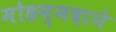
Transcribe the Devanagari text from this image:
मोहम्मदाने